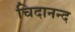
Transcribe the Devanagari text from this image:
चिदानन्‍द